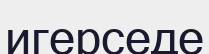
игерседе